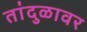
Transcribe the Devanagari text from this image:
तांदुळावर